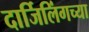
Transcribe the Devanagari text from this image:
दार्जिलिंगच्या